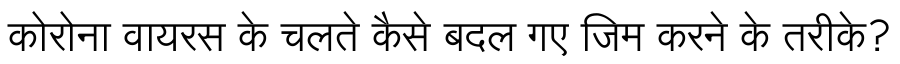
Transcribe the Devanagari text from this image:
कोरोना वायरस के चलते कैसे बदल गए जिम करने के तरीके?